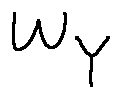
w _ { Y }